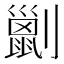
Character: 𠠗